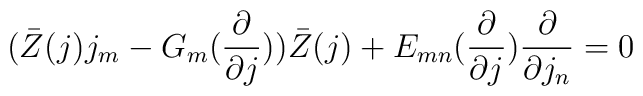
(\bar{Z}(j) j_{m} - G_{m}(\frac{\partial}{\partial j}))\bar{Z}(j) + E_{mn}(\frac{\partial}{\partial j})\frac{\partial}{\partial j_{n}}=0